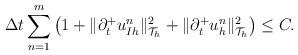
LaTeX: \begin{align*}\Delta t \sum_{n=1}^m\big(1+\|\partial_t^+u_{Ih}^n\|_{\mathcal{T}_h}^2+\|\partial_t^+u_{h}^n\|_{\mathcal{T}_h}^2\big) \leq C.\end{align*}